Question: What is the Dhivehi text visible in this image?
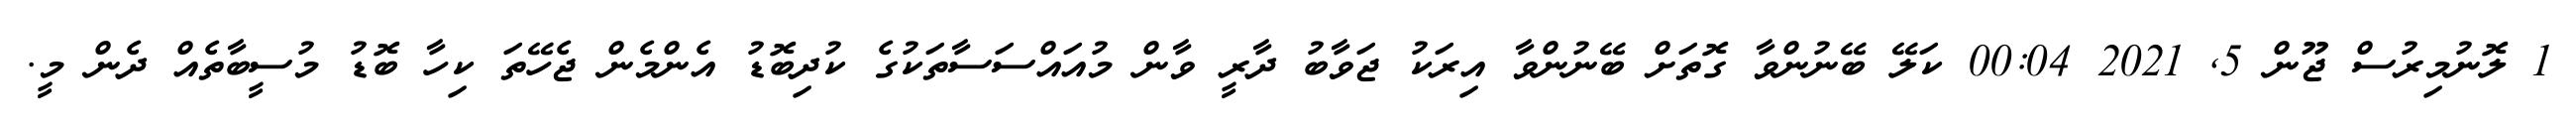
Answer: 1 ލޮނުމިރުސް ޖޫން 5, 2021 00:04 ކަލޭ ބޭނުންވާ ގޮތަށް ބޭނުންވާ އިރަކު ޖަވާބު ދާރީ ވާން މުއައްސަސާތަކުގެ ކުދިބޮޑު އެންމެން ޖެހޭތަ ކިހާ ބޮޑު މުސީބާތެއް ދެން މީ.